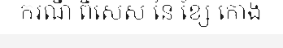
ករណី ពិសេស នៃ ខ្សែ កោង